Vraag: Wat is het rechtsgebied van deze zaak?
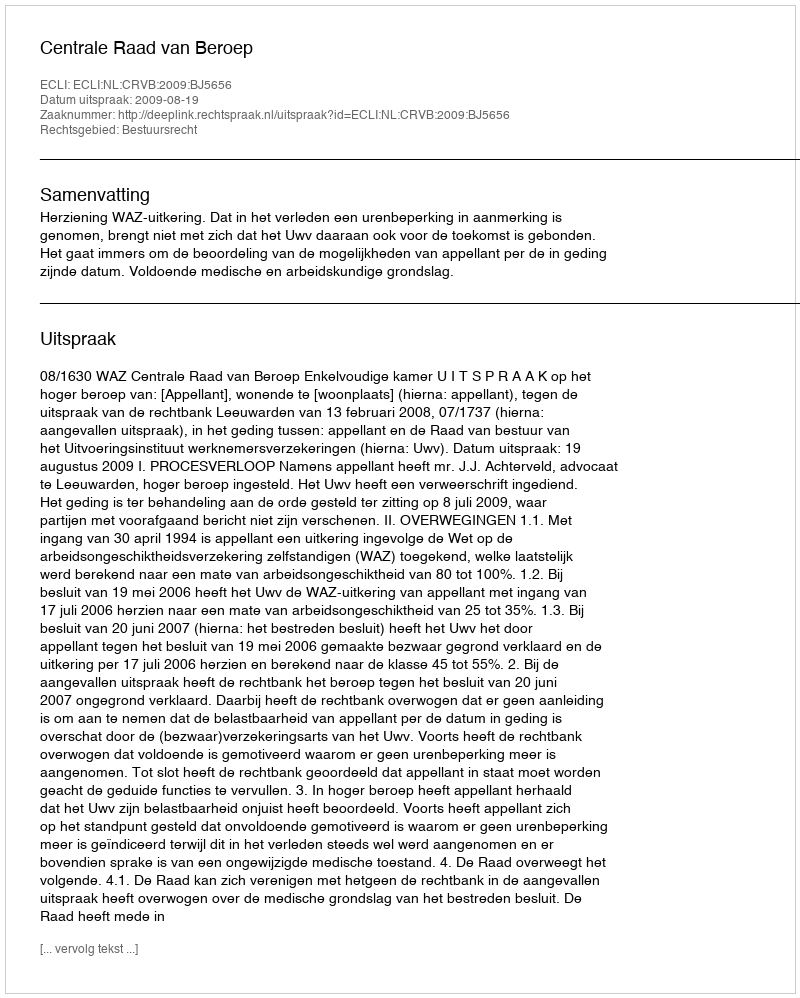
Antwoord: Bestuursrecht